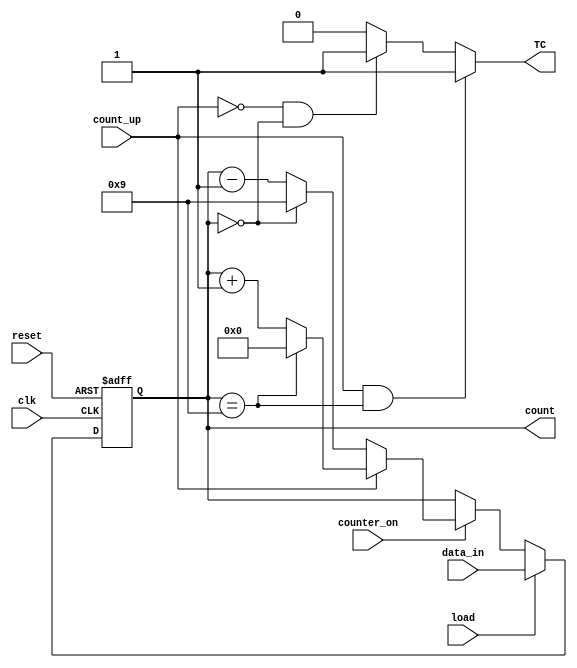
module up_down_decade_cntr(input clk, load, reset, counter_on, count_up, input [3:0] data_in, output reg TC, output reg [3:0] count);

    always @(posedge clk or posedge reset)begin
        if(reset)
            count <= 4'b0000;
        else if(load)
            count <= data_in;
        else if(counter_on) begin
            if(count_up)begin
                if(count == 9)
                    count <= 4'b0000;
                else
                    count <= count + 1;
            end else begin
                if(count == 0)
                    count <= 4'b1001;
                else
                    count <= count - 1;
            end
        end
    end

    always@(count or count_up) begin
        if(count_up && count == 9)
            TC = 1'b1;
        else if(!count_up && count == 0)
            TC = 1'b1;
        else 
            TC = 1'b0;
            
    end


endmodule